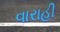
વારાહી